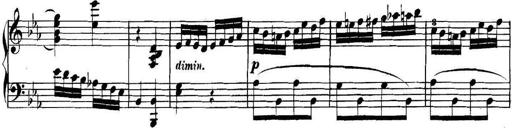
Title: Collected Piano Sonatas
Composer: Muzio Clementi